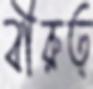
বীরুত্